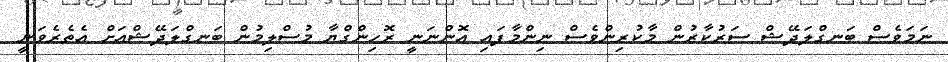
ނަމަވެސް ބަނގްލަދޭޝް ސަރުކާރުން މާކުރިންވެސް ނިންމާފައި އޮންނަނީ ރޮހިންގްޔާ މުސްލިމުން ބަނގްލަދޭޝްއަށް އެތެރެވަނީ